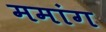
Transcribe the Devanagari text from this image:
ममांग